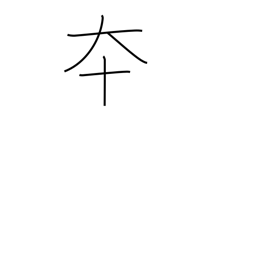
Meaning: advance quickly